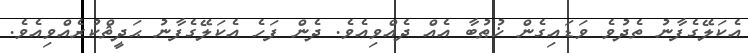
އެކަލޭގެފާނު ތެދުވެ ވަޑައިގެން ޚުޠުބާ އެއް ދެއްވިއެވެ. ދެން ފަހެ އެކަލޭގެފާނު ޙަދީޘްކުރެއްވިއެވެ.